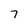
Character: 7